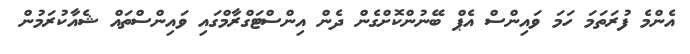
އެންމެ ފުރަތަމަ ހަމަ ވައިންސް އެޕް ބޭނުންކޮށްގެން ދެން އިންސްޓަގްރާމްގައި ވައިންސްތައް ޝެއާކުރަމުން